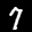
Label: 7